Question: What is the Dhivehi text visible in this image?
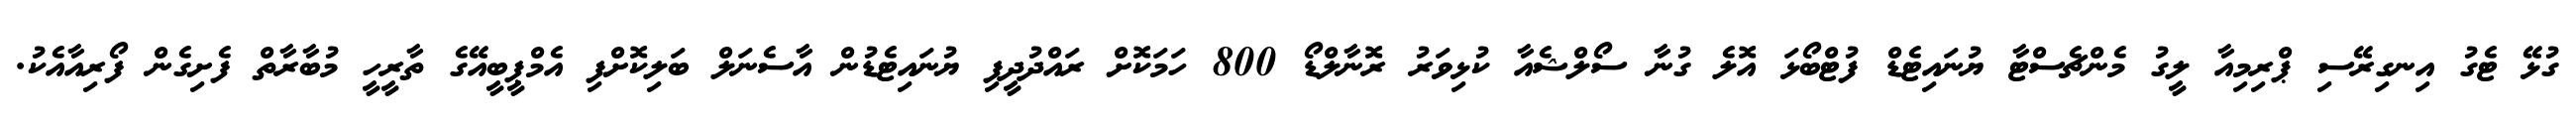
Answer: ގުޅޭ ޓެގު އިނގިރޭސި ޕްރިމިއާ ލީގު މެންޗެސްޓާ ޔުނައިޓެޑް ފުޓްބޯޅަ އޮލެ ގުނާ ސޯލްޝެއާ ކުޅިވަރު ރޮނާލްޑޯ 800 ހަމަކޮށް ރައްދުދީފި ޔުނައިޓެޑުން އާސެނަލް ބަލިކޮށްފި އެމްޕީބީއޭގެ ތާރީހީ މުބާރާތް ފެށިގެން ފޯރިއާއެކު.